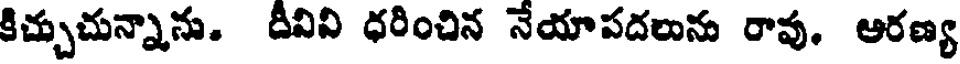
కిచ్చుచున్నాను. దీవివి ధరించిన నేయాపదలును రావు. ఆరణ్య